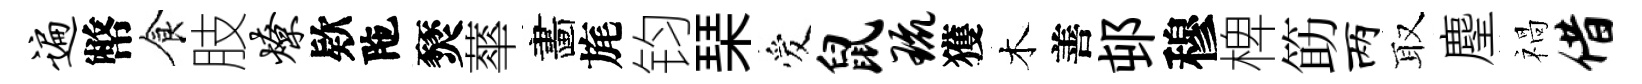
遍幣食肢燎欵陁燹蕐畵旄钧琹爱鼠琉獲木善邨穆椑筯两取麈禍借